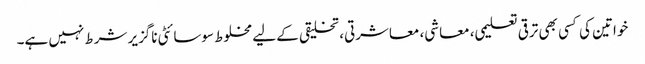
خواتین کی کسی بھی ترقی تعلیمی، معاشی، معاشرتی، تخلیقی کے لیے مخلوط سوسائٹی ناگزیر شرط نہیں ہے۔